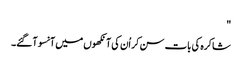
"
شاکرہ کی بات سن کر اُن کی آنکھوں میں آنسو آ گئے۔